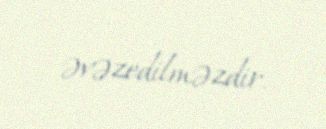
əvəzedilməzdir.